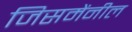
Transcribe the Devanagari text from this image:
जिसमेंनील